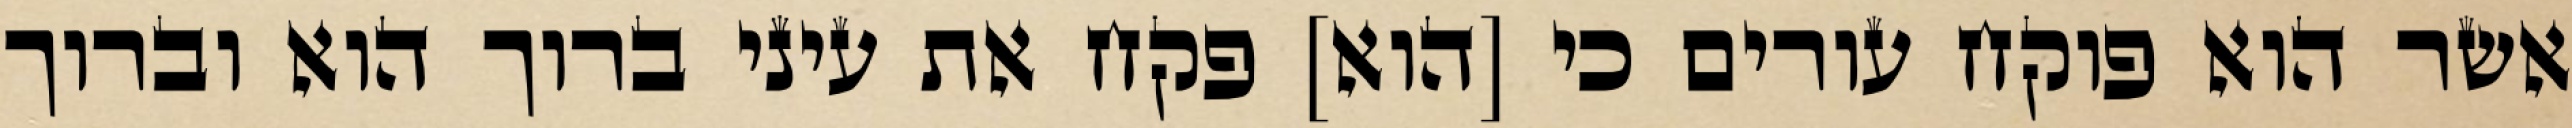
אשר הוא פוקח עורים כי [הוא] פקח את עיני ברוך הוא וברוך